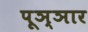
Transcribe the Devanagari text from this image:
पूञ्ञार